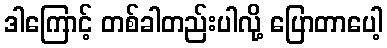
ဒါကြောင့် တစ်ခါတည်းပါလို့ ပြောတာပေါ့